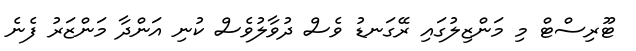
ޓޫރިސްޓް މި މަންޒިލުގައި ރޭގަނޑު ވެސް ދުވާލުވެސް ކުނި އަންދާ މަންޒަރު ފެނެ